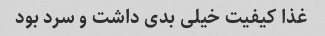
غذا کیفیت خیلى بدى داشت و سرد بود